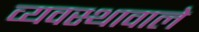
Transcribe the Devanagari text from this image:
व्यवस्थावाले